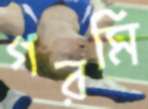
গরমি